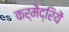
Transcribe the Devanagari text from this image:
कर्मेंद्रियें